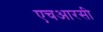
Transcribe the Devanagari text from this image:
एचआरसी